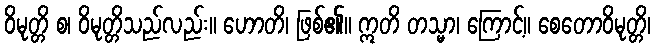
ဝိမုတ္တိ စ၊ ဝိမုတ္တိသည်လည်း။ ဟောတိ၊ ဖြစ်၏။ ဣတိ တသ္မာ၊ ကြောင့်။ စေတောဝိမုတ္တိ၊